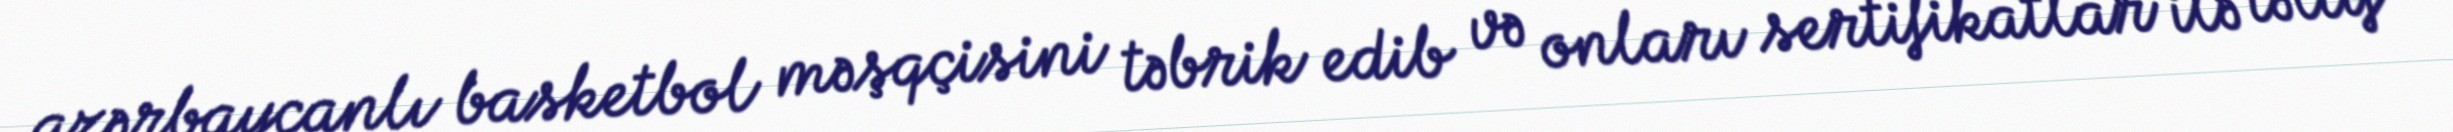
azərbaycanlı basketbol məşqçisini təbrik edib və onları sertifikatlar ilə təltif